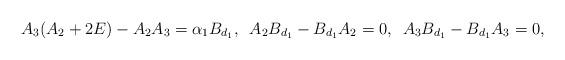
LaTeX: \begin{align*}A_{3}(A_{2}+2E)-A_{2}A_{3}=\alpha_{1}B_{d_{1}},\,\,\, A_{2}B_{d_{1}}-B_{d_{1}}A_{2}=0,\,\,\, A_{3}B_{d_{1}}-B_{d_{1}}A_{3}=0,\end{align*}